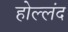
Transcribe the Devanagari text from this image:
होल्लंद